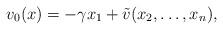
LaTeX: \begin{align*} v_0(x)=-\gamma x_1 + \tilde v(x_2,\dots,x_n),\end{align*}